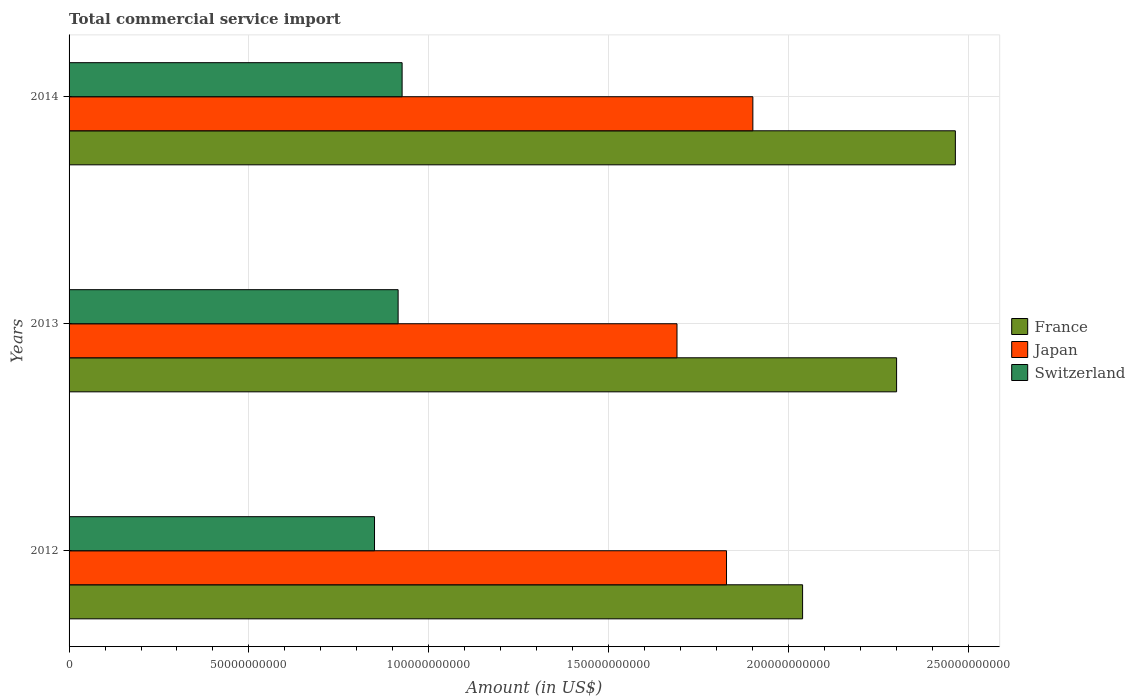
| Years | France | Japan | Switzerland |
 | --- | --- | --- | --- |
 | 2012 | 2.04e+11 | 1.83e+11 | 8.49e+10 |
 | 2013 | 2.3e+11 | 1.69e+11 | 9.15e+10 |
 | 2014 | 2.46e+11 | 1.9e+11 | 9.26e+10 |